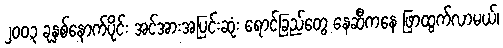
၂ဝဝ၃ ခုနှစ်နောက်ပိုင်း အင်အားအပြင်းဆုံး ရောင်ခြည်တွေ နေဆီကနေ ဖြာထွက်လာမယ်၊